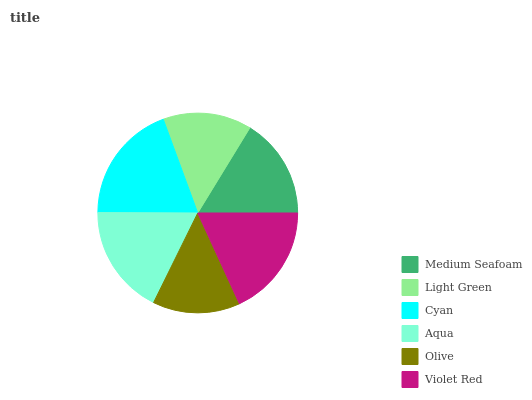
| Medium Seafoam | Light Green | Cyan | Aqua | Olive | Violet Red |
 | --- | --- | --- | --- | --- | --- |
 | 16.2% | 14.3% | 19.3% | 17.8% | 14.1% | 18.2% |